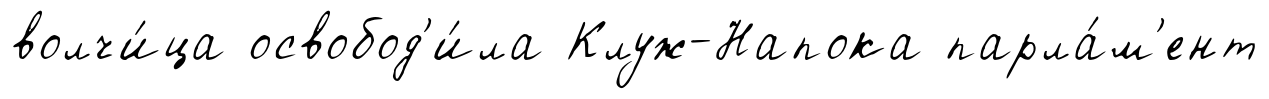
волчи́ца освобод'и́ла Клуж-Напока парла́м'ент